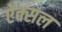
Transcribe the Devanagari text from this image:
ऐक्सल